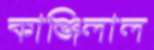
কাঞ্জিলাল